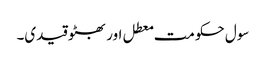
سول حکومت معطل اور بھٹو قیدی۔